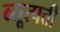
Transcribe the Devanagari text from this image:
व्यूत्पत्ती